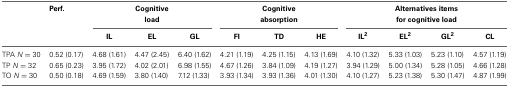
|  | Perf. | <COLSPAN=3> Cognitive load | <COLSPAN=3> Cognitive absorption | <COLSPAN=4> Alternatives items for cognitive load |
 |  |  | IL | EL | GL | FI | TD | HE | IL2 | EL2 | GL2 | CL |
 | --- | --- | --- | --- | --- | --- | --- | --- | --- | --- | --- | --- |
 | TPA N = 30 | 0.52 (0.17) | 4.68 (1.61) | 4.47 (2.45) | 6.40 (1.62) | 4.21 (1.19) | 4.25 (1.15) | 4.13 (1.69) | 4.10 (1.32) | 5.33 (1.03) | 5.23 (1.10) | 4.57 (1.19) |
 | TP N = 32 | 0.65 (0.23) | 3.95 (1.72) | 4.02 (2.01) | 6.98 (1.55) | 4.67 (1.26) | 3.84 (1.09) | 4.19 (1.27) | 3.94 (1.29) | 5.00 (1.34) | 5.28 (1.05) | 4.66 (1.28) |
 | TO N = 30 | 0.50 (0.18) | 4.69 (1.59) | 3.80 (1.40) | 7.12 (1.33) | 3.93 (1.34) | 3.93 (1.36) | 4.01 (1.30) | 4.10 (1.27) | 5.23 (1.38) | 5.30 (1.47) | 4.87 (1.99) |